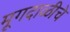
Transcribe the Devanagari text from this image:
मूगदाळीचे